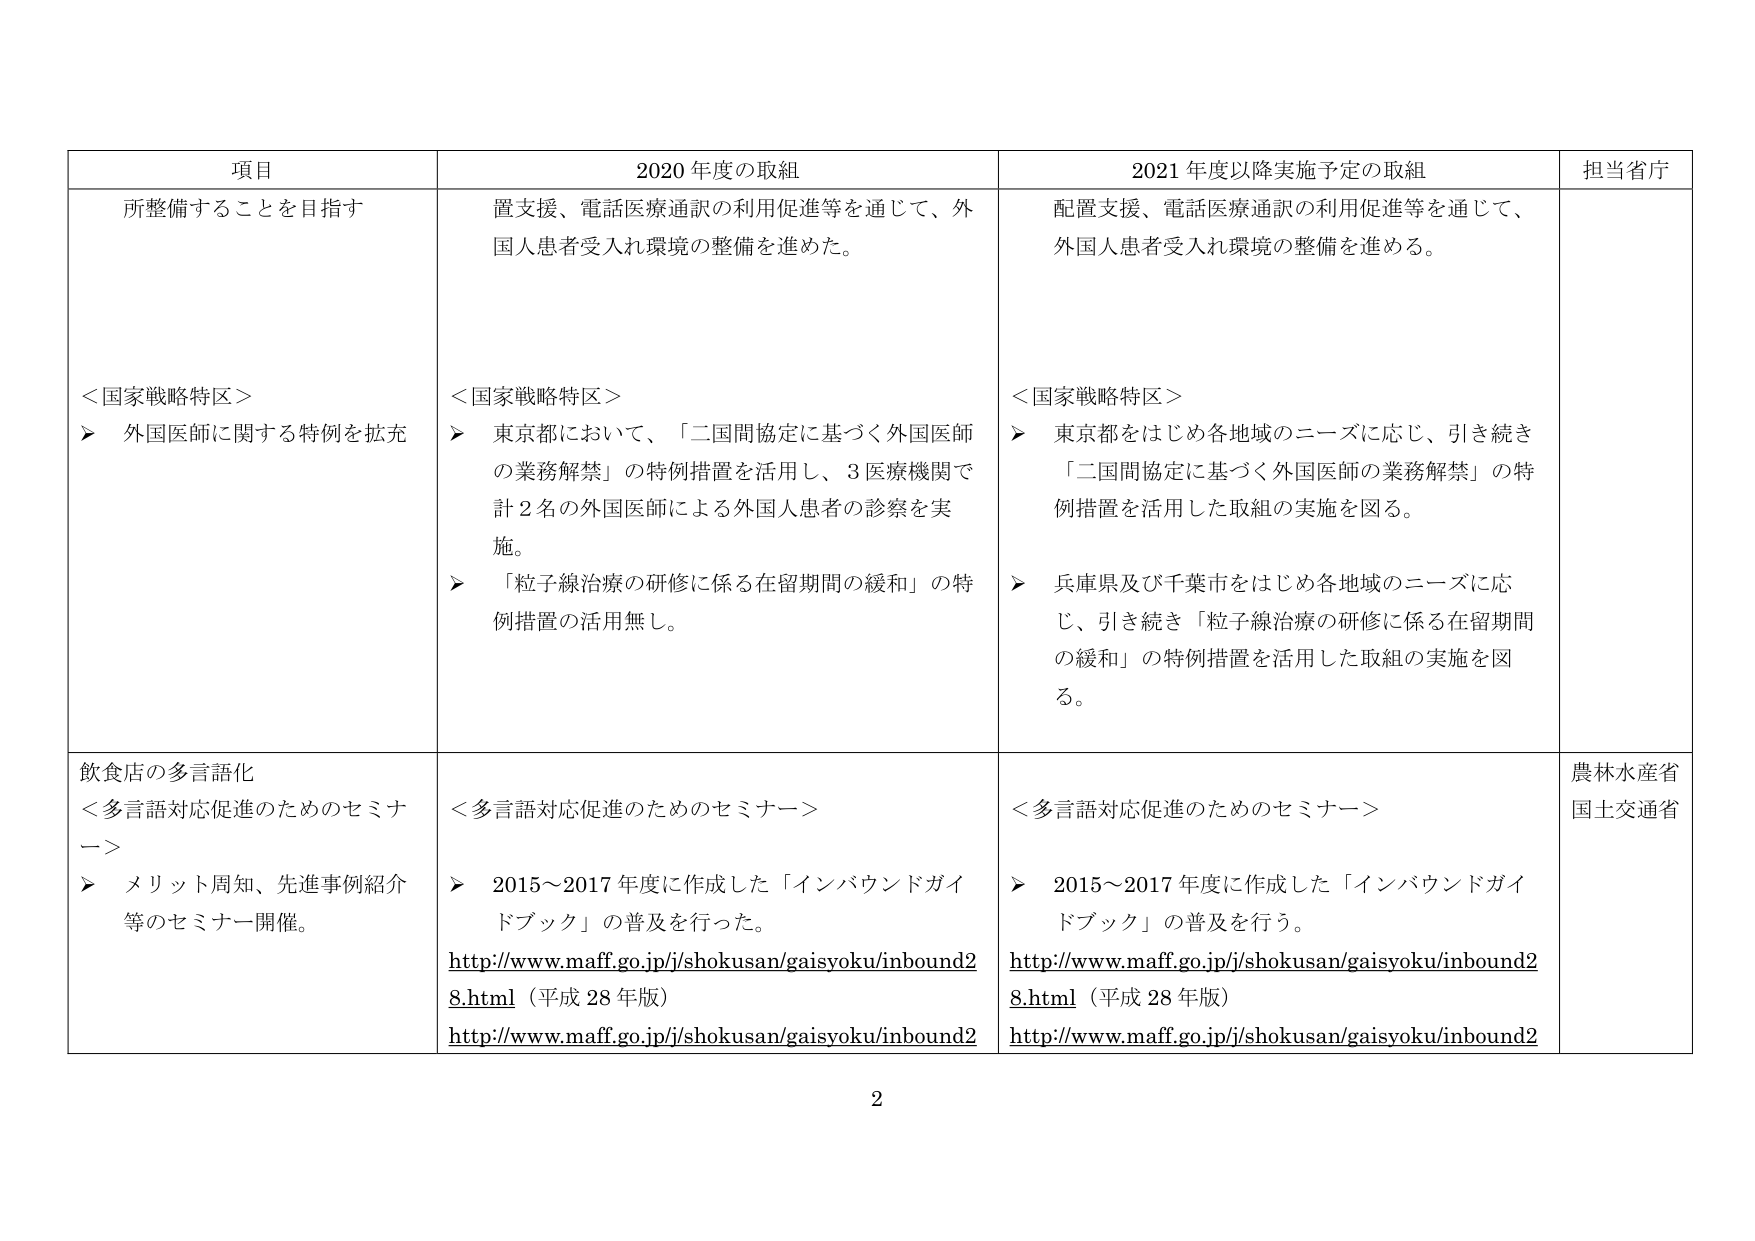
項目
2020 年度の取組
2021 年度以降実施予定の取組
担当省庁
所整備することを目指す
置支援、電話医療通訳の利用促進等を通じて、外国人患者受入れ環境の整備を進めた。
配置支援、電話医療通訳の利用促進等を通じて、外国人患者受入れ環境の整備を進める。
＜国家戦略特区＞
▶ 外国医師に関する特例を拡充
＜国家戦略特区＞
▶ 東京都において、「二国間協定に基づく外国医師の業務解禁」の特例措置を活用し、3 医療機関で計 2 名の外国医師による外国人患者の診察を実施。
▶ 「粒子線治療の研修に係る在留期間の緩和」の特例措置の活用無し。
＜国家戦略特区＞
▶ 東京都をはじめ各地域のニーズに応じ、引き続き「二国間協定に基づく外国医師の業務解禁」の特例措置を活用した取組の実施を図る。
▶ 兵庫県及び千葉市をはじめ各地域のニーズに応じ、引き続き「粒子線治療の研修に係る在留期間の緩和」の特例措置を活用した取組の実施を図る。
飲食店の多言語化
＜多言語対応促進のためのセミナー＞
▶ メリット周知、先進事例紹介等のセミナー開催。
＜多言語対応促進のためのセミナー＞
▶ 2015～2017 年度に作成した「インバウンドガイドブック」の普及を行った。
http://www.maff.go.jp/j/shokusan/gaisyoku/inbound28.html（平成 28 年版）
http://www.maff.go.jp/j/shokusan/gaisyoku/inbound2
＜多言語対応促進のためのセミナー＞
▶ 2015～2017 年度に作成した「インバウンドガイドブック」の普及を行う。
http://www.maff.go.jp/j/shokusan/gaisyoku/inbound28.html（平成 28 年版）
http://www.maff.go.jp/j/shokusan/gaisyoku/inbound2
農林水産省
国土交通省
2